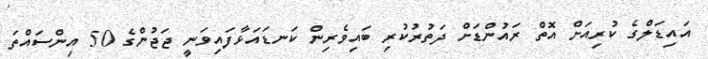
އައިޑަލްގެ ކުރިއަށް އޮތް ރައުންޑަށް ދަތުރުކުރި ބައިވެރިން ކަނޑައަޅާފައިވަނީ ޖަޖުންގެ 50 އިންސައްތަ